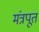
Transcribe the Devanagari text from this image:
मंत्रपूत